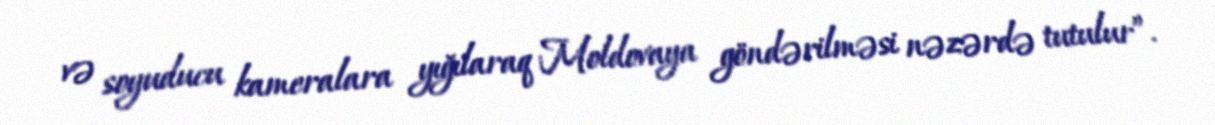
və soyuducu kameralara yığılaraq Moldovaya göndərilməsi nəzərdə tutulur”.